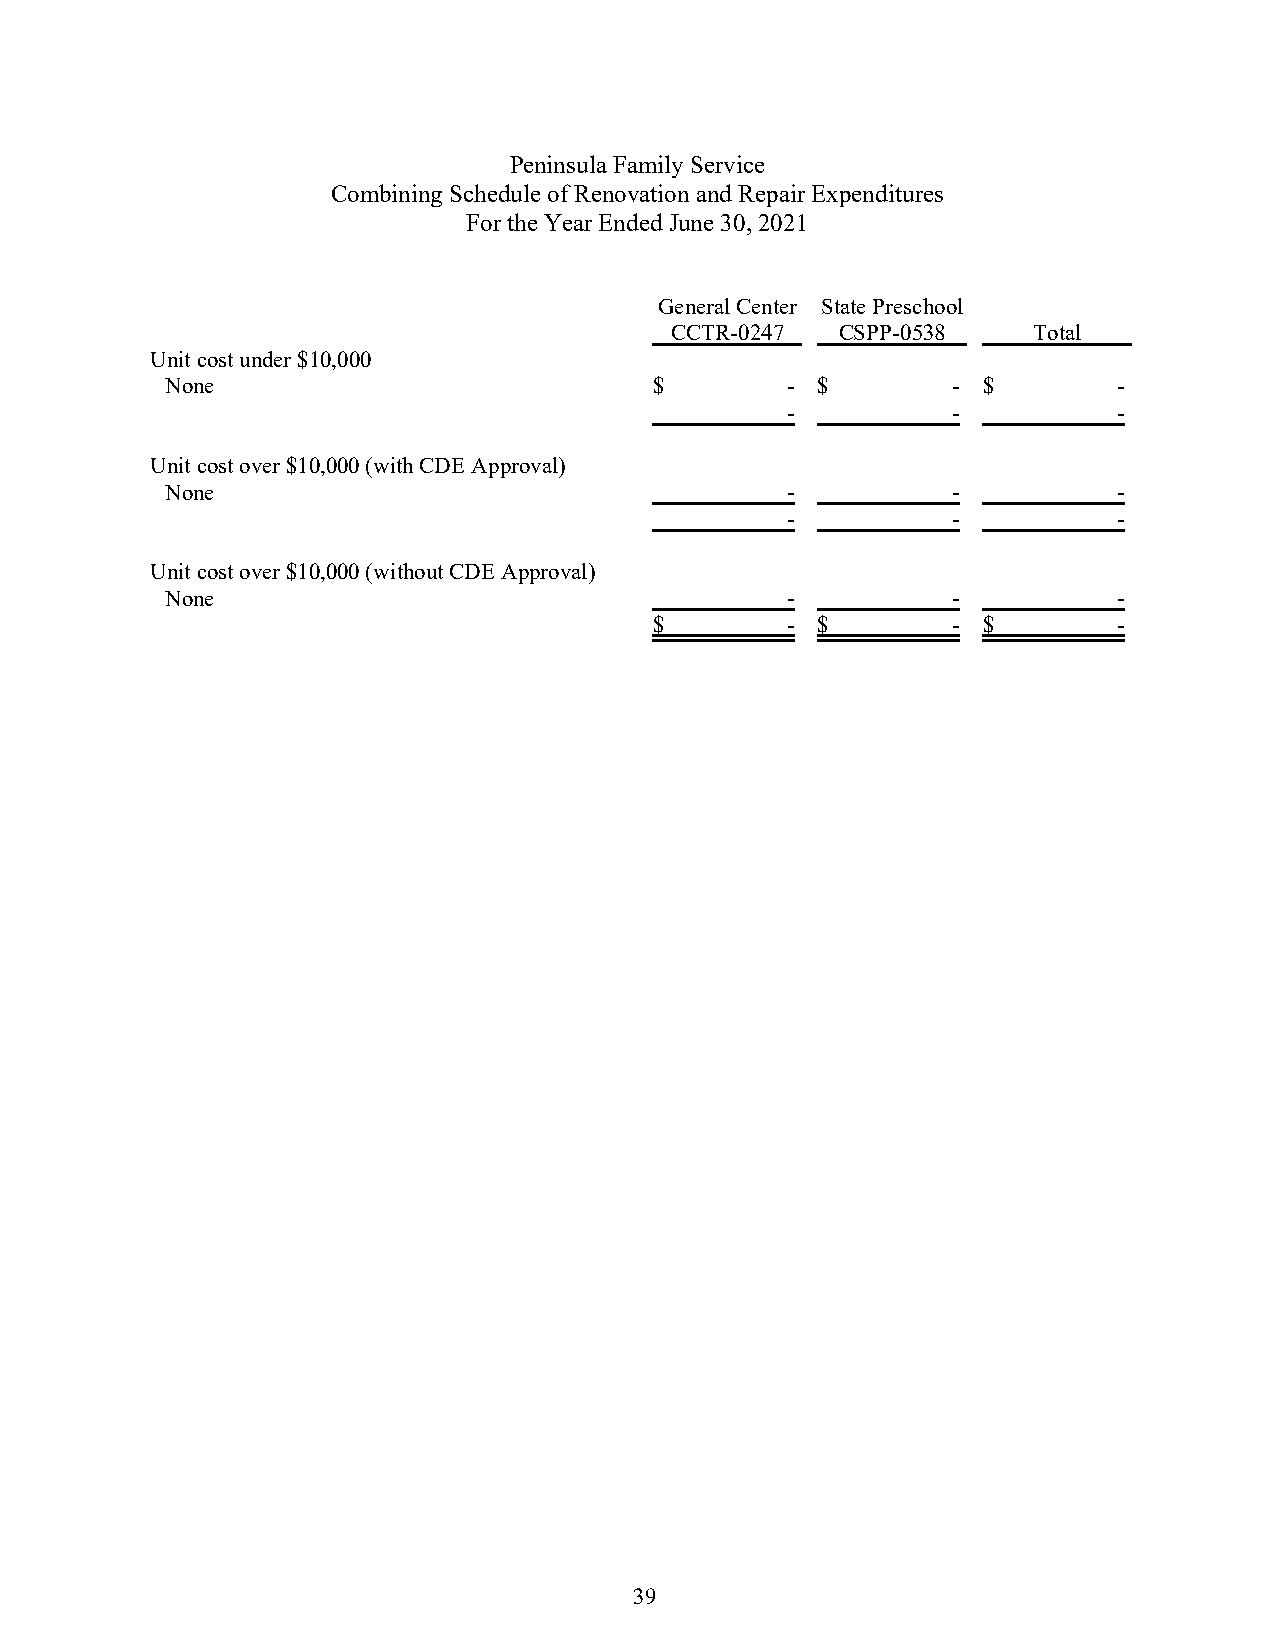
Peninsula Family Service
 Combining Schedule of Renovation and Repair Expenditures
 For the Year Ended June 30, 2021
 General Center State Preschool
 CCTR-0247   CSPP-0538   Total
 Unit cost under $10,000
 None                            $        - $        - $        -
 -          -          -
 Unit cost over $10,000 (with CDE Approval)
 None                                     -          -          -
 -          -          -
 Unit cost over $10,000 (without CDE Approval)
 None                                     -          -          -
 $        - $        - $        -
 39